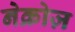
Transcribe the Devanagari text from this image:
नेक्रोज़